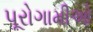
પૂરોગામીઓ